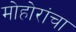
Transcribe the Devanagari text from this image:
मोहोरांचा